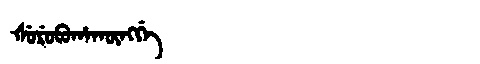
Manchu: ᡧᡠᡵᡠᠪᡠᡥᠠᡴᡡᠩᡤᡝ
Romanization: ŠURUBUHAKŪNGGE